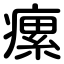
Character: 瘰